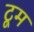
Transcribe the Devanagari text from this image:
टूम